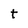
Character: t